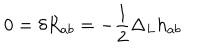
LaTeX: 0 = \delta R _ { a b } = - \frac { 1 } { 2 } \Delta _ { L } h _ { a b }